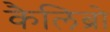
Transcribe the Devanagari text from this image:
कैलिब्रो